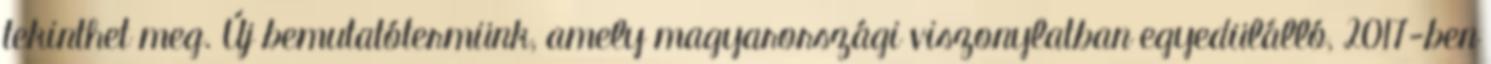
tekinthet meg. Új bemutatótermünk, amely magyarországi viszonylatban egyedülálló, 2017-ben